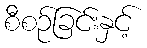
စီစဉ်ခြင်းနှင့်